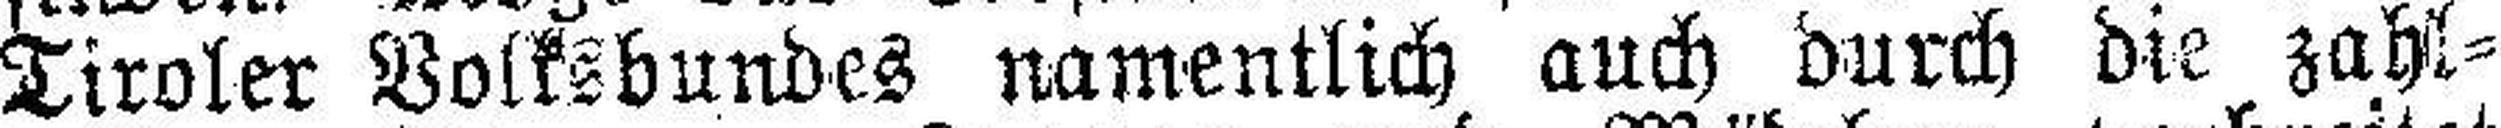
Tiroler Volksbundes namentlich auch durch die zahl¬